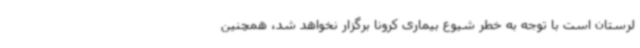
لرستان است با توجه به خطر شیوع بیماری کرونا برگزار نخواهد شد، همچنین